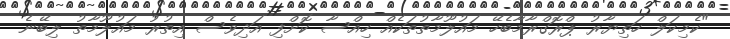
"ކެމިކަލް ހަތިޔާރު ޕްރޮގްރާމާބެހޭ މައުލޫމާތުތަކެއް ހިއްސާ ކޮށްފި އަދިވެސް އިތުރު މައުލޫމާތު ލިބޭނެ